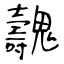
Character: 魗